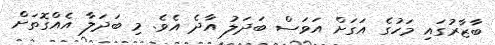
ބާޒާރުގައި މަހުގެ އަގަށް އަވަސް ބަދަލު އާދެ އެވެ. މި ބަދަލާ އެއްގޮތަށް